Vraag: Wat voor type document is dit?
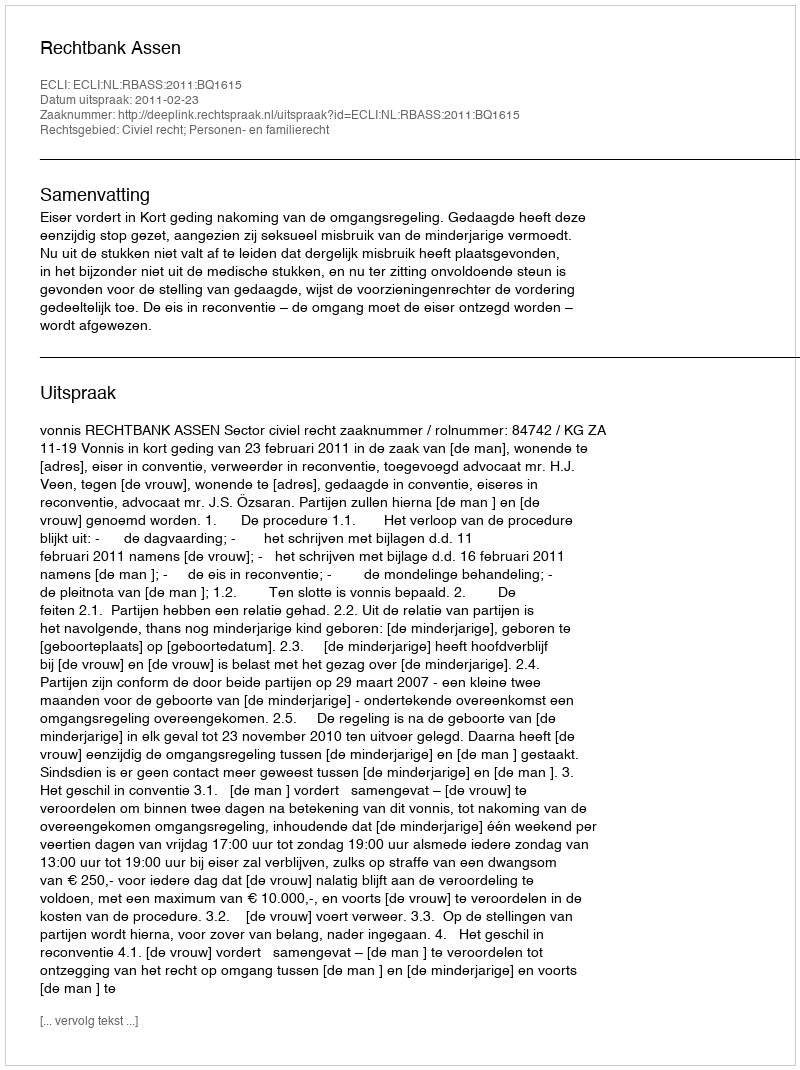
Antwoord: Uitspraak